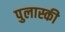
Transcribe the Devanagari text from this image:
पुलास्की